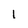
Character: 1